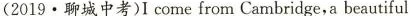
(2019.聊城中考)I come from Cambridge,a beautiful